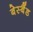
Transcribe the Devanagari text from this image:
बेस्बैंड